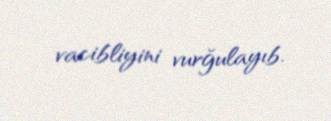
vacibliyini vurğulayıb.